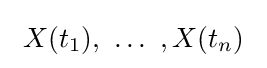
\ X(t_{1}),\ \ldots \ ,X(t_{n})\